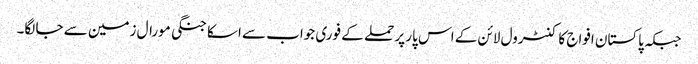
جبکہ پاکستان افواج کا کنٹرول لائن کے اس پار پر حملے کے فوری جواب سے اسکا جنگی مورال زمین سے جا لگا۔